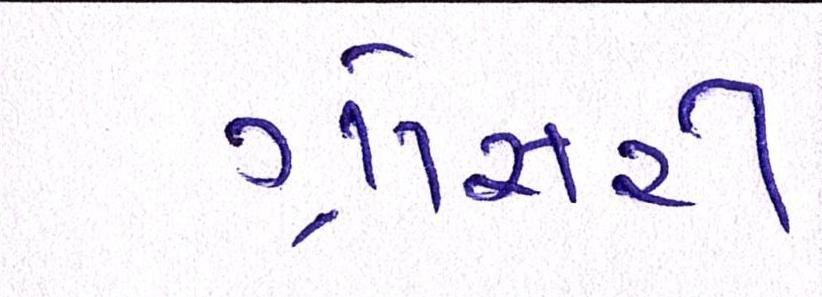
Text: ગ્રોસરી